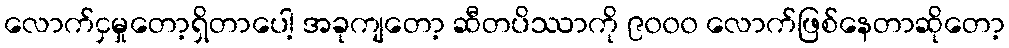
လောက်ငှမှုတော့ရှိတာပေါ့ အခုကျတော့ ဆီတပိဿာကို ၉၀၀၀ လောက်ဖြစ်နေတာဆိုတော့